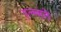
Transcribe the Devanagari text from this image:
एल्म्सले